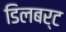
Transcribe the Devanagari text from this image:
डिलबर्ट